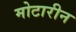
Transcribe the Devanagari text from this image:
मोटारीन